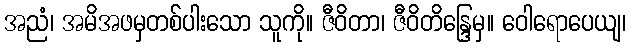
အညံ၊ အမိအဖမှတစ်ပါးသော သူကို။ ဇီဝိတာ၊ ဇီဝိတိန္ဒြေမှ။ ဝေါရောပေယျ၊